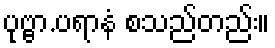
ပုဗ္ဗာ.ပရာနံ စသည်တည်း။